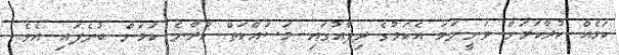
ކަމެއް ކުރާކަމަށް ވަނީނަމަ އެކަމުގެ ދިފާއުގައި މަސައްކަތް ކުރާނެ ކަމަށް ބުނެފައި އެވެ.